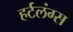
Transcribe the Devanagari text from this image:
हर्टलंग्स